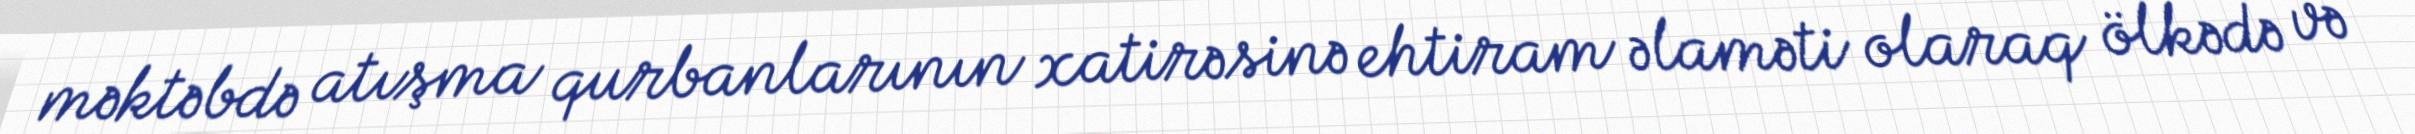
məktəbdə atışma qurbanlarının xatirəsinə ehtiram əlaməti olaraq ölkədə və